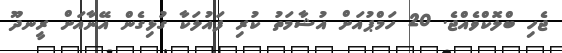
ޖެހި ބްލޮކްވެއްޖެ. 20 ހަމްޕުއަށް އުޝާމަތު ކުރި ފައުލަކާ ގުޅިގެން އޭނާއަށް ރީނދޫ